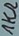
Text: 1KΩ